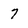
Character: 7